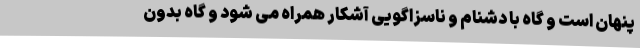
پنهان است و گاه با دشنام و ناسزاگویی آشکار همراه می شود و گاه بدون